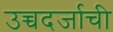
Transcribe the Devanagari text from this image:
उच्चदर्जाची